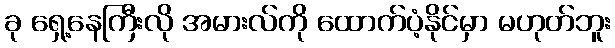
ခု ရှေ့နေကြီးလို အမားလ်ကို ထောက်ပံ့နိုင်မှာ မဟုတ်ဘူး